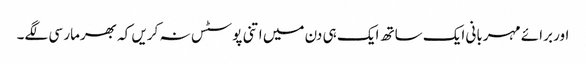
اور برائے مہربانی ایک ساتھ ایک ہی دن میں اتنی پوسٹس نہ کریں کہ بھرمار سی لگے۔